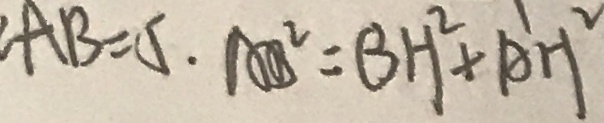
A B = 5 \cdot A B ^ { 2 } = B H ^ { 2 } + A H ^ { 2 }